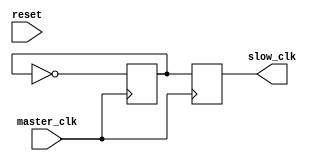
// This program was cloned from: https://github.com/chicken8848/RISKY
// License: MIT License

module clk_reducer(master_clk, slow_clk, reset);

	input master_clk; //50mhz clock
	input reset;
	output reg slow_clk; //25mhz clock
	reg q = 0;

	always@(posedge master_clk)
	begin
		if (reset) begin
			q <= 0;
		end
		q <= ~q; 
		slow_clk <= q;
	end
endmodule